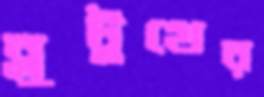
ব্লুটুথের